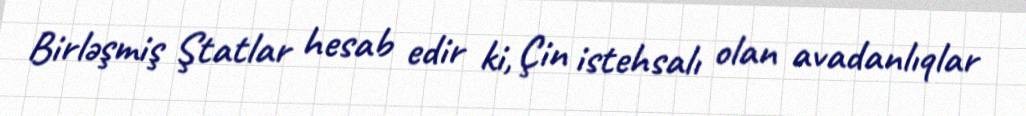
Birləşmiş Ştatlar hesab edir ki, Çin istehsalı olan avadanlıqlar